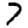
Digit: 7